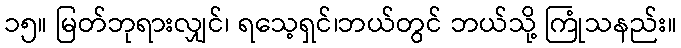
၁၅။ မြတ်ဘုရားလျှင်၊ ရသေ့ရှင်၊ဘယ်တွင် ဘယ်သို့ ကြုံသနည်း။